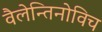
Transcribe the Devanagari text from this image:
वैलेन्तिनोविच